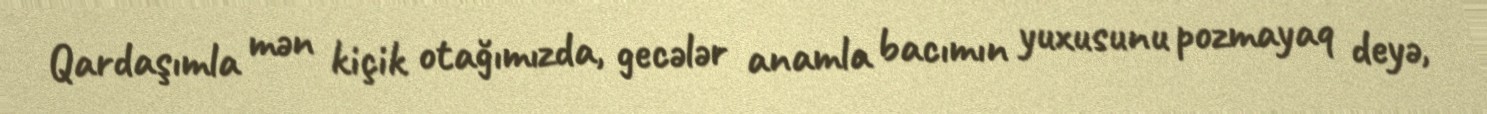
Qardaşımla mən kiçik otağımızda, gecələr anamla bacımın yuxusunu pozmayaq deyə,